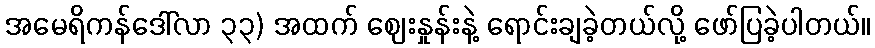
အမေရိကန်ဒေါ်လာ ၃၃) အထက် ဈေးနှုန်းနဲ့ ရောင်းချခဲ့တယ်လို့ ဖော်ပြခဲ့ပါတယ်။